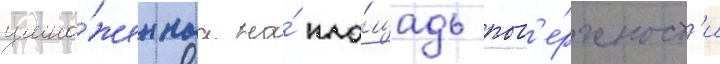
умно́женнаа на́ пло́щадь пов'е́рхност'и